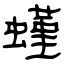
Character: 螼